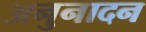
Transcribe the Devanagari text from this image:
अनुनादन